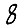
Digit: 8